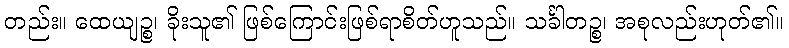
တည်း။ ထေယျဉ္စ၊ ခိုးသူ၏ ဖြစ်ကြောင်းဖြစ်ရာစိတ်ဟူသည်။ သင်္ခါတဉ္စ၊ အစုလည်းဟုတ်၏။